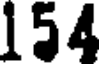
154